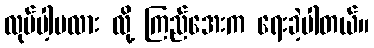
လုပ်ပါ့မလား လို့ ကြည်အေးက ရေးခဲ့ပါတယ်။